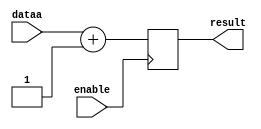
module sum_pcmem(
					dataa,
					result,
					enable);



input wire [31:0]dataa;
input wire enable;

output reg [31:0] result;

initial begin

    result <= 0;
end

always @(negedge enable)
begin
	result<=dataa+1;
end

endmodule